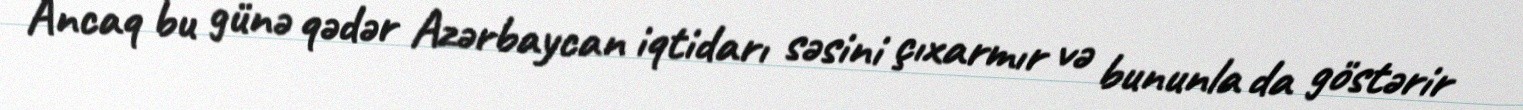
Ancaq bu günə qədər Azərbaycan iqtidarı səsini çıxarmır və bununla da göstərir